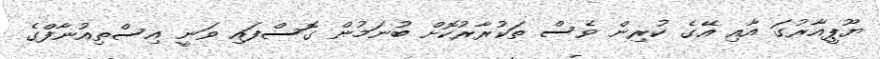
ޔޫޕީއާރުގަ އާއި އޭގެ ކުރިން ވެސް ތަކުރާރުކޮށް ބުނަމުން ގޮސްފައި ވަނީ އިސްތިއުނާފްގެ